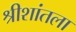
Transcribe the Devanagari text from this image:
श्रीशांतला